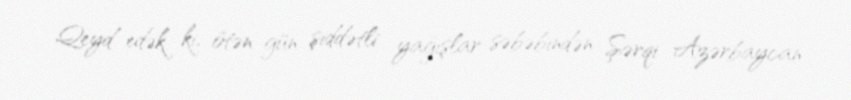
Qeyd edək ki, ötən gün şiddətli yağışlar səbəbindən Şərqi Azərbaycan